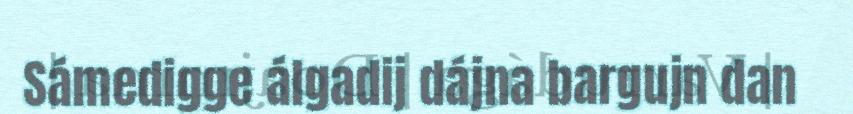
Sámedigge álgadij dájna bargujn dan